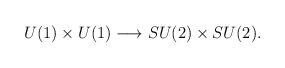
LaTeX: \begin{align*}U(1)\times U(1) \longrightarrow SU(2)\times SU(2).\end{align*}